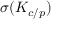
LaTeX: \sigma ( K _ { c / p } )